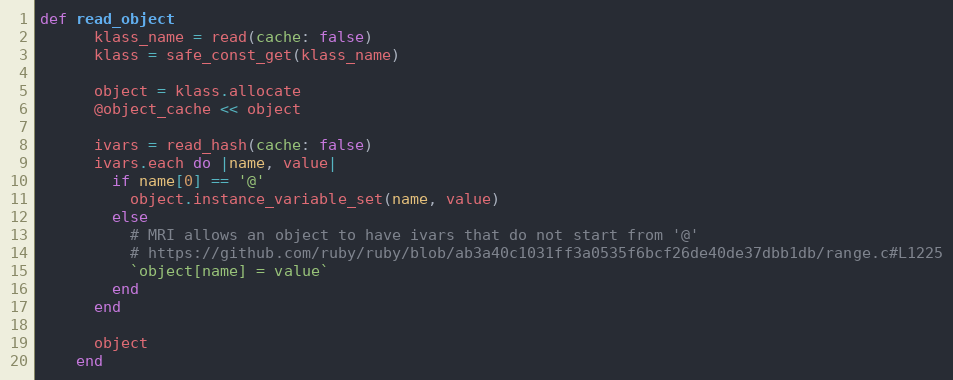
Language: Ruby
def read_object
      klass_name = read(cache: false)
      klass = safe_const_get(klass_name)

      object = klass.allocate
      @object_cache << object

      ivars = read_hash(cache: false)
      ivars.each do |name, value|
        if name[0] == '@'
          object.instance_variable_set(name, value)
        else
          # MRI allows an object to have ivars that do not start from '@'
          # https://github.com/ruby/ruby/blob/ab3a40c1031ff3a0535f6bcf26de40de37dbb1db/range.c#L1225
          `object[name] = value`
        end
      end

      object
    end